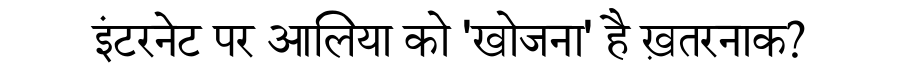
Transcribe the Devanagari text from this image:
इंटरनेट पर आलिया को 'खोजना' है ख़तरनाक?